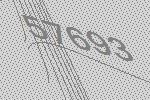
57693